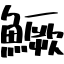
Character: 鱖